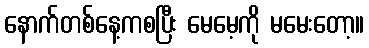
နောက်တစ်နေ့ကစပြီး မေမေ့ကို မမေးတော့။